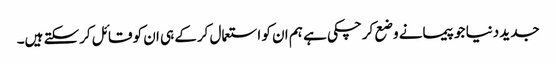
جدید دنیا جو پیمانے وضع کرچکی ہے ہم ان کو استعمال کرکے ہی ان کو قائل کرسکتے ہیں۔